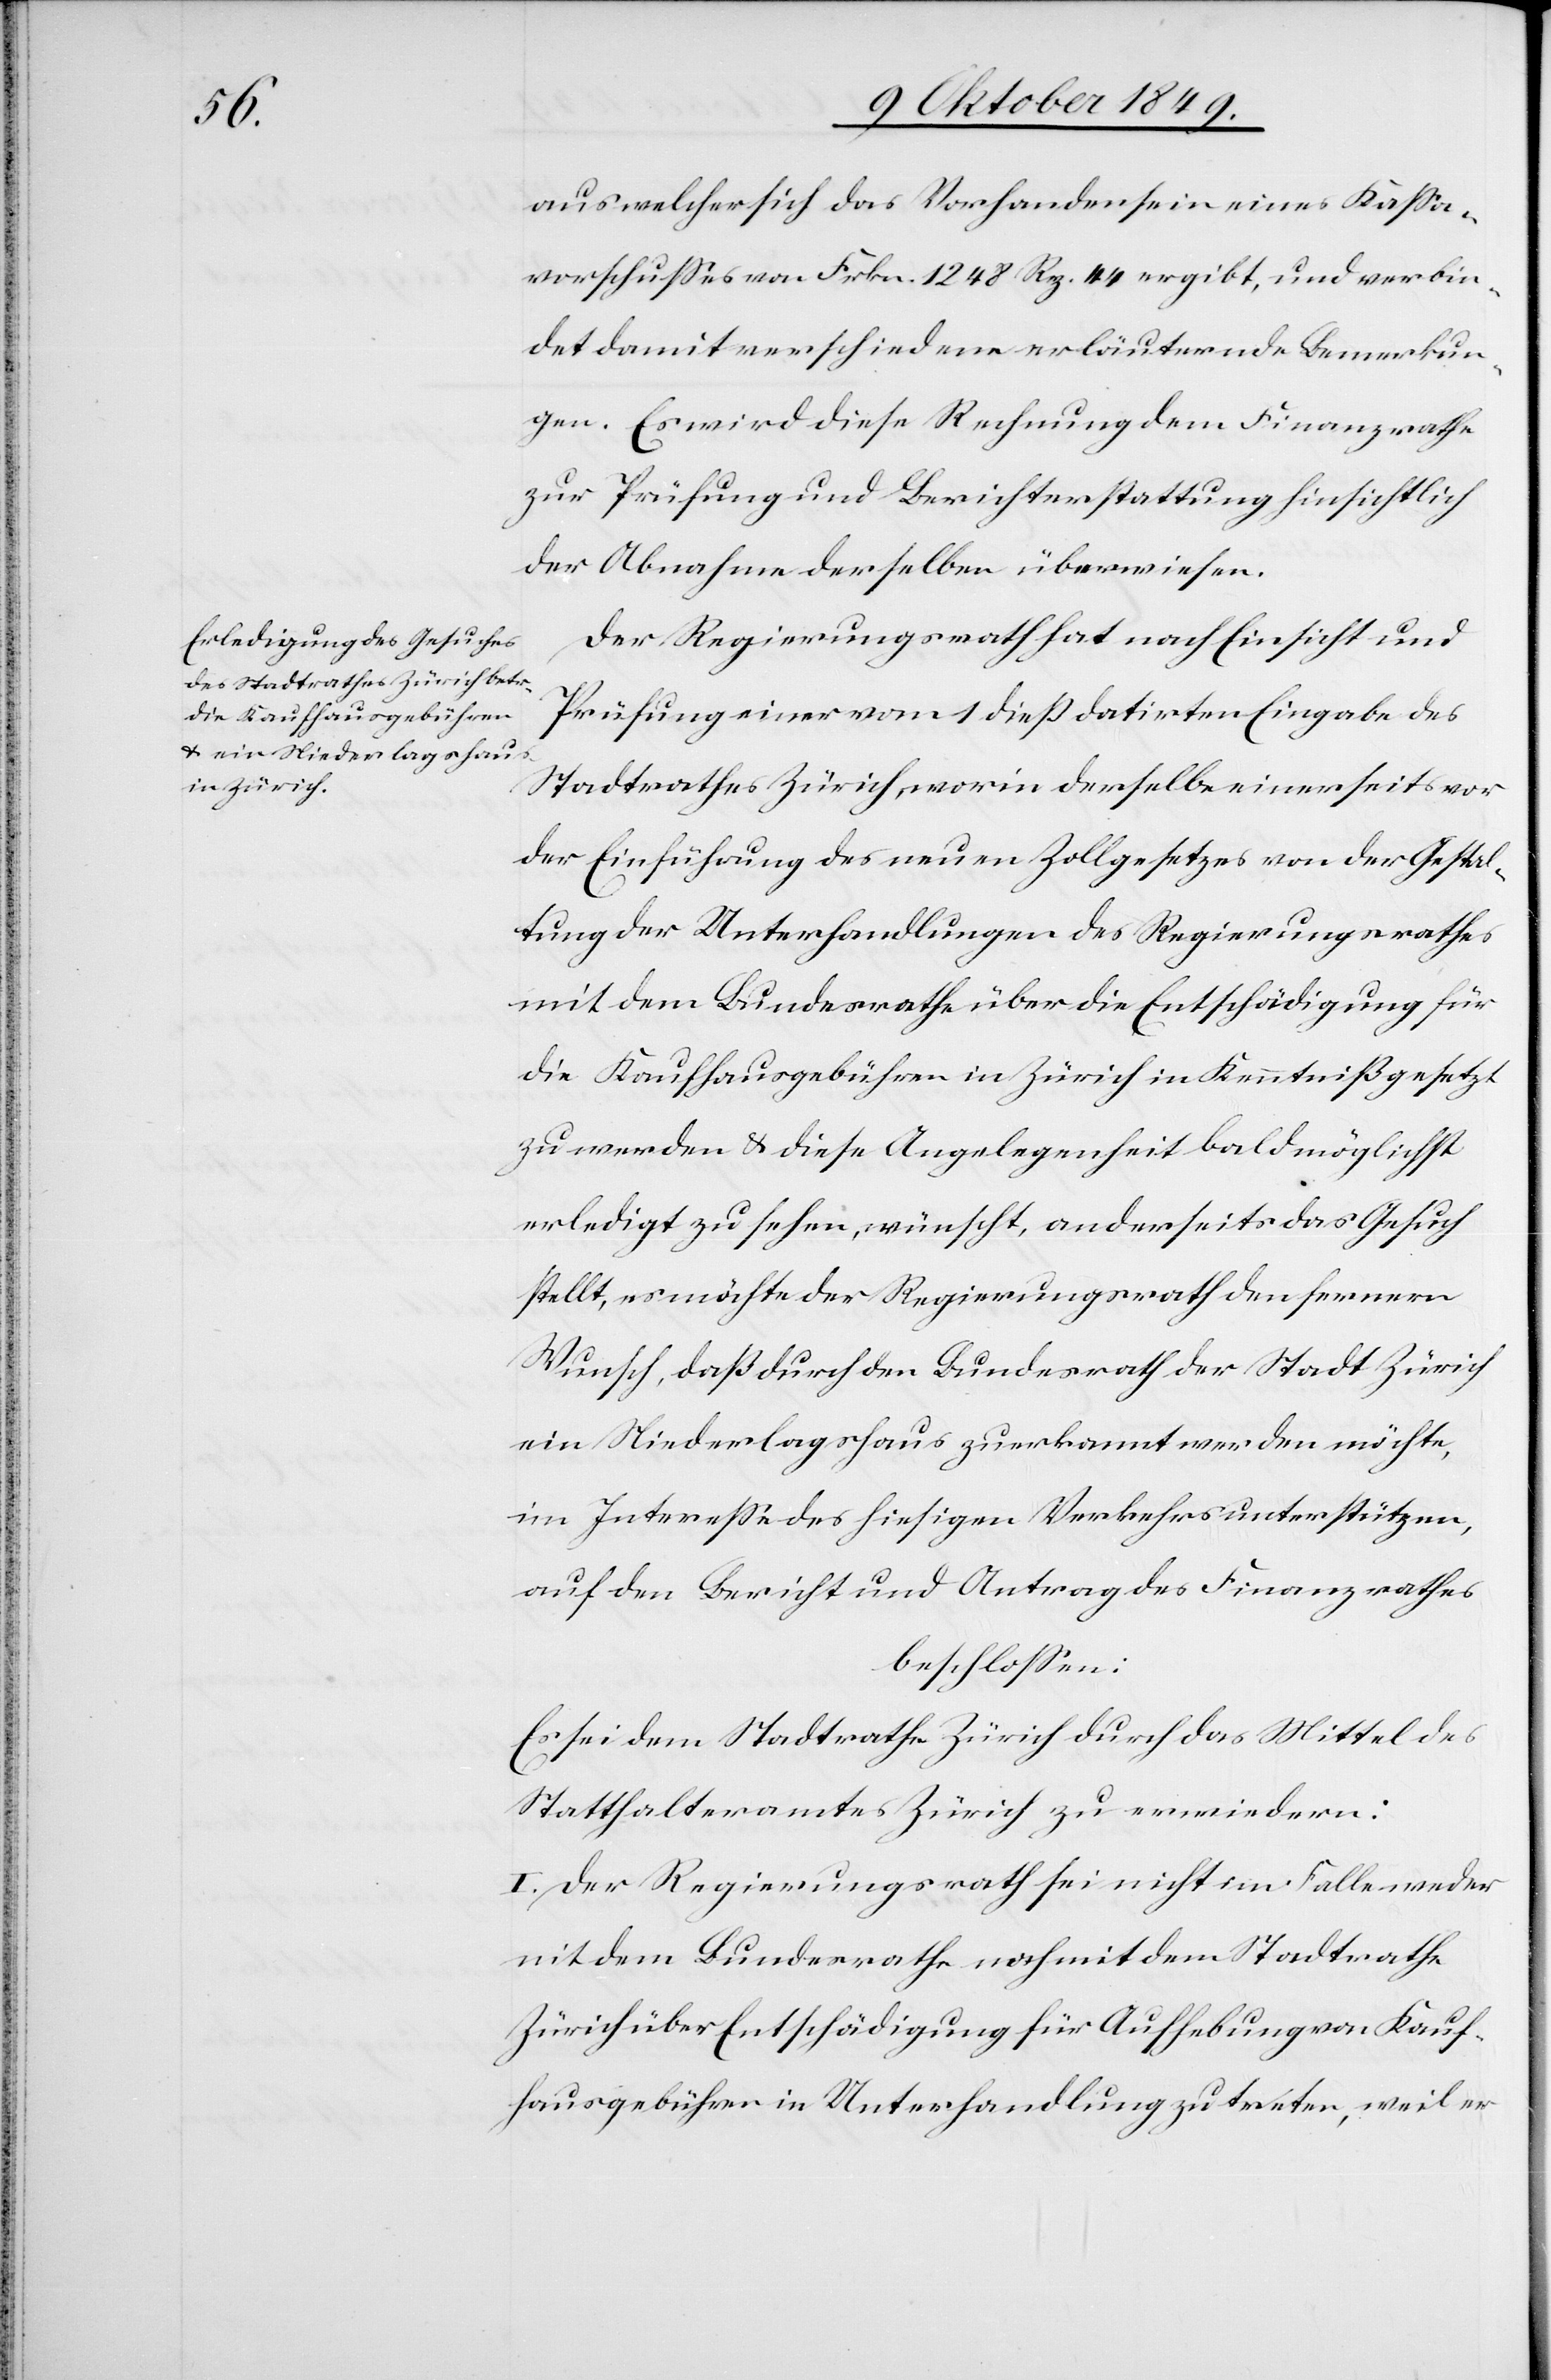
aus welcher sich das Vorhandensein eines Kaßa¬
vorschußes von Frkn. 1248 Rp. 44 ergibt, und verbin¬
det damit verschiedene erläuternde Bemerkun¬
gen. Es wird diese Rechnung dem Finanzrathe
zur Prüfung und Berichterstattung hinsichtlich
der Abnahme derselben überwiesen.
Der Regierungsrath hat nach Einsicht und
Prüfung einer vom 1 dieß datirten Eingabe des
Stadtrathes Zürich, worin derselbe einerseits vor
der Einführung des neuen Zollgesetzes von der Gestal¬
tung der Unterhandlungen des Regierungsrathes
mit dem Bundesrathe über die Entschädigung für
die Kaufhausgebühren in Zürich in Kenntniß gesetzt
zu werden u. diese Angelegenheit bald möglichst
erledigt zu sehen, wünscht, anderseits das Gesuch
stellt, es möchte der Regierungsrath den fernern
Wunsch, daß durch den Bundesrath der Stadt Zürich
ein Niederlagshaus zuerkannt werden möchte,
im Intereße des hiesigen Verkehrs unterstützen,
auf den Bericht und Antrag des Finanzrathes
beschloßen:
Es sei dem Stadtrathe Zürich durch das Mittel des
Statthalteramtes Zürich zu erwiedern:
I. Der Regierungsrath sei nicht im Falle weder
mit dem Bundesrathe noch mit dem Stadtrathe
Zürich über Entschädigung für Aufhebungen von Kauf¬
hausgebühren in Unterhandlung zu treten, weil er